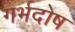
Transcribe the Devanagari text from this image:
गर्भदोष